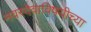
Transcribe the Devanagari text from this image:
नवरदेवाविषयीच्या